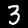
Digit: 3